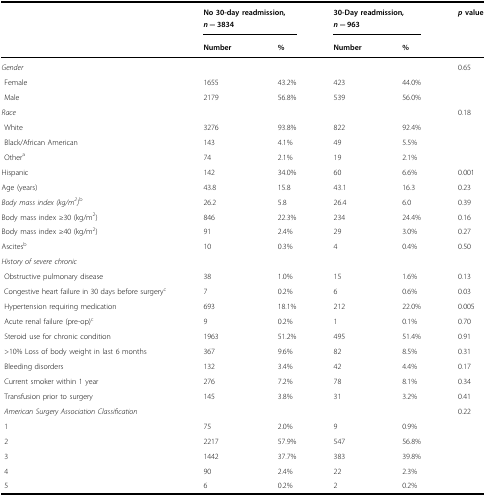
<table><thead><tr><td></td><td colspan="2"><b>No 30-day readmission, <i>n</i> = 3834</b></td><td colspan="2"><b>30-Day readmission, <i>n</i> = 963</b></td><td><b><i>p</i> value</b></td></tr><tr><td></td><td><b>Number</b></td><td><b>%</b></td><td><b>Number</b></td><td><b>%</b></td><td></td></tr></thead><tbody><tr><td><i>Gender</i></td><td></td><td></td><td></td><td></td><td>0.65</td></tr><tr><td> Female</td><td>1655</td><td>43.2%</td><td>423</td><td>44.0%</td><td></td></tr><tr><td> Male</td><td>2179</td><td>56.8%</td><td>539</td><td>56.0%</td><td></td></tr><tr><td><i>Race</i></td><td></td><td></td><td></td><td></td><td>0.18</td></tr><tr><td> White</td><td>3276</td><td>93.8%</td><td>822</td><td>92.4%</td><td></td></tr><tr><td> Black/African American</td><td>143</td><td>4.1%</td><td>49</td><td>5.5%</td><td></td></tr><tr><td> Other<sup>a</sup></td><td>74</td><td>2.1%</td><td>19</td><td>2.1%</td><td></td></tr><tr><td>Hispanic</td><td>142</td><td>34.0%</td><td>60</td><td>6.6%</td><td>0.001</td></tr><tr><td>Age (years)</td><td>43.8</td><td>15.8</td><td>43.1</td><td>16.3</td><td>0.23</td></tr><tr><td><i>Body mass index (kg/m</i><sup><i>2</i></sup><i>)</i><sup>b</sup></td><td>26.2</td><td>5.8</td><td>26.4</td><td>6.0</td><td>0.39</td></tr><tr><td>Body mass index ≥30 (kg/m<sup>2</sup>)</td><td>846</td><td>22.3%</td><td>234</td><td>24.4%</td><td>0.16</td></tr><tr><td>Body mass index ≥40 (kg/m<sup>2</sup>)</td><td>91</td><td>2.4%</td><td>29</td><td>3.0%</td><td>0.27</td></tr><tr><td>Ascites<sup>b</sup></td><td>10</td><td>0.3%</td><td>4</td><td>0.4%</td><td>0.50</td></tr><tr><td colspan="6"><i>History of severe chronic</i></td></tr><tr><td> Obstructive pulmonary disease</td><td>38</td><td>1.0%</td><td>15</td><td>1.6%</td><td>0.13</td></tr><tr><td> Congestive heart failure in 30 days before surgery<sup>c</sup></td><td>7</td><td>0.2%</td><td>6</td><td>0.6%</td><td>0.03</td></tr><tr><td> Hypertension requiring medication</td><td>693</td><td>18.1%</td><td>212</td><td>22.0%</td><td>0.005</td></tr><tr><td> Acute renal failure (pre-op)<sup>c</sup></td><td>9</td><td>0.2%</td><td>1</td><td>0.1%</td><td>0.70</td></tr><tr><td> Steroid use for chronic condition</td><td>1963</td><td>51.2%</td><td>495</td><td>51.4%</td><td>0.91</td></tr><tr><td> &gt;10% Loss of body weight in last 6 months</td><td>367</td><td>9.6%</td><td>82</td><td>8.5%</td><td>0.31</td></tr><tr><td> Bleeding disorders</td><td>132</td><td>3.4%</td><td>42</td><td>4.4%</td><td>0.17</td></tr><tr><td> Current smoker within 1 year</td><td>276</td><td>7.2%</td><td>78</td><td>8.1%</td><td>0.34</td></tr><tr><td> Transfusion prior to surgery</td><td>145</td><td>3.8%</td><td>31</td><td>3.2%</td><td>0.41</td></tr><tr><td> <i>American Surgery Association</i><i>Classification</i></td><td></td><td></td><td></td><td></td><td>0.22</td></tr><tr><td> 1</td><td>75</td><td>2.0%</td><td>9</td><td>0.9%</td><td></td></tr><tr><td> 2</td><td>2217</td><td>57.9%</td><td>547</td><td>56.8%</td><td></td></tr><tr><td> 3</td><td>1442</td><td>37.7%</td><td>383</td><td>39.8%</td><td></td></tr><tr><td> 4</td><td>90</td><td>2.4%</td><td>22</td><td>2.3%</td><td></td></tr><tr><td> 5</td><td>6</td><td>0.2%</td><td>2</td><td>0.2%</td><td></td></tr></tbody></table>